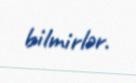
bilmirlər.